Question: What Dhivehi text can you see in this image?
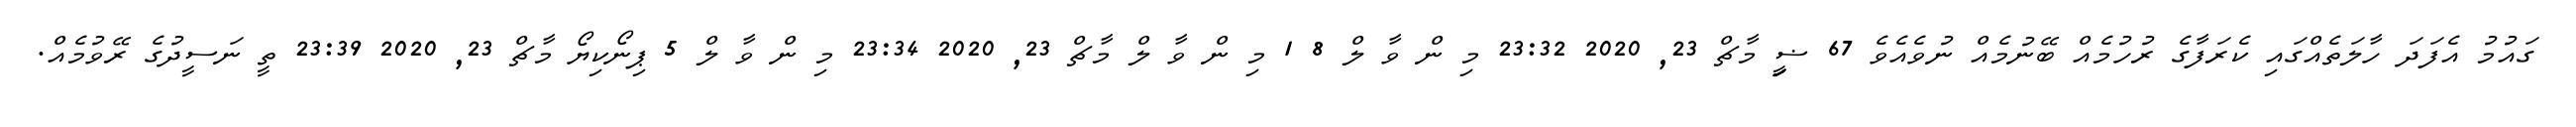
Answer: ގައުމު އެފަދަ ހާލަތެއްގައި ކެރަފާގެ ރުހުމެއް ބޭނުމެއް ނުވެއެވެ 67 ޟީިިިިިި މާޗް 23, 2020 23:32 މި ން ވާ ލް 8 1 މި ން ވާ ލް މާޗް 23, 2020 23:34 މި ން ވާ ލް 5 ޕިނޯކިޔޯ މާޗް 23, 2020 23:39 ތީ ނަސީދުގެ ރޭވުމެއް.